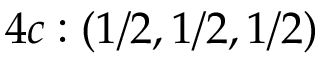
4 c : ( 1 / 2 , 1 / 2 , 1 / 2 )